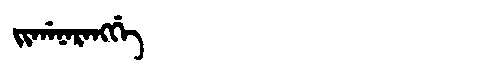
Manchu: ᠵᡳᡤᠠᠨᠠᡵᠠᠩᡤᡝ
Romanization: JIGANARANGGE